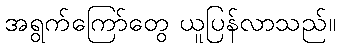
အရွက်ကြော်တွေ ယူပြန်လာသည်။